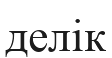
делік